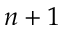
n + 1